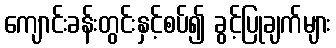
ကျောင်းခန်းတွင်းနှင့်စပ်၍ ခွင့်ပြုချက်များ